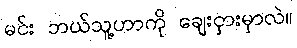
မင်း ဘယ်သူ့ဟာကို ချေးငှားမှာလဲ။